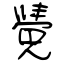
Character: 覺